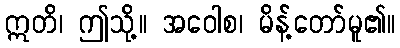
ဣတိ၊ ဤသို့။ အဝေါစ၊ မိန့်တော်မူ၏။